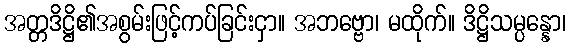
အတ္တဒိဋ္ဌိ၏အစွမ်းဖြင့်ကပ်ခြင်းငှာ။ အဘဗ္ဗော၊ မထိုက်။ ဒိဋ္ဌိသမ္ပန္နော၊